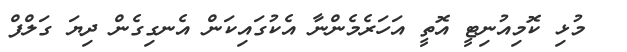
މުޅި ކޮމިއުނިޓީ އޮތީ އަހަރެމެންނާ އެކުގައިކަން އެނގިގެން ދިޔަ ގަލްފް